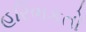
હરિભકતો